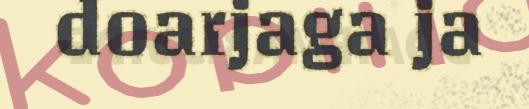
doarjaga ja